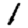
Digit: 1